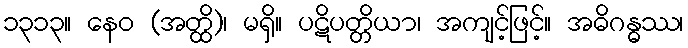
၁၃၁၃။ နေဝ (အတ္ထိ)၊ မရှိ။ ပဋိပတ္တိယာ၊ အကျင့်ဖြင့်။ အဓိဂန္ဓဿ၊